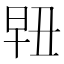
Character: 𰖀